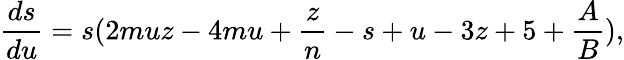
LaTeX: \frac{ds}{du}=s(2muz-4mu+\frac{z}{n}-s+u-3z+5+\frac{A}{B}),